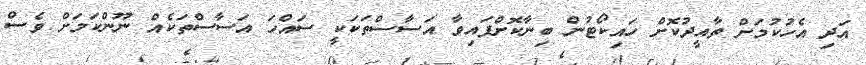
އަދި އެހުކުމަށް ތާއީދުކޮށް ހައިކޯޓުން ބިނާކޮށްފައިވާ އަސާސްތަކަކީ ސައްހަ އަސާސްތަކެއް ނޫންކަމަށް ވެސް